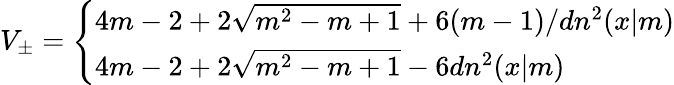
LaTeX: V_{\pm}=\left\{ \begin{array}{l}{{4m-2+2\sqrt{m^{2}-m+1}+6(m-1)/dn^{2}(x|m)}}\\ {{4m-2+2\sqrt{m^{2}-m+1}-6dn^{2}(x|m)}}\end{array}\right.